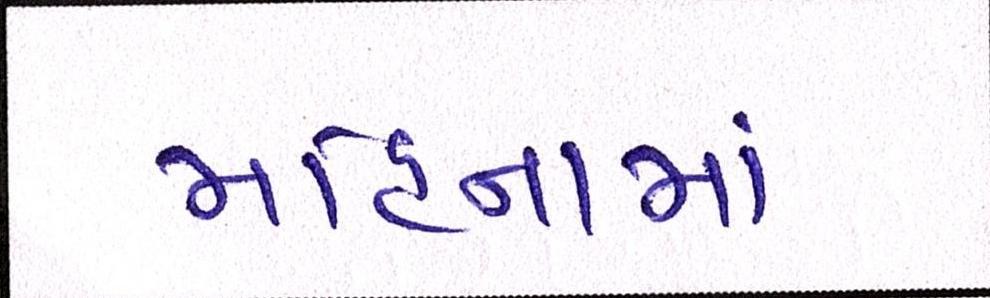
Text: મહિનામાં